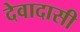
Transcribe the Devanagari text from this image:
देवादासी